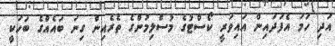
އަދި ހަމަ އެފަދައިން އައިވަރީ ކޯސްޓުގެ މުސްލިމުންގެ ތެރެއިން ގިނަ ބައެއްގެ ބަހަކީ